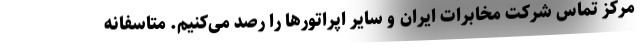
مرکز تماس شرکت مخابرات ایران و سایر اپراتورها را رصد می‌کنیم. متاسفانه